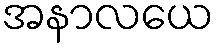
အနာလယေ